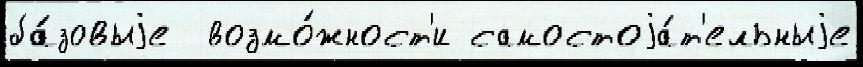
ба́зовыjе  возмо́жност'и самостоjа́т'ельныjе